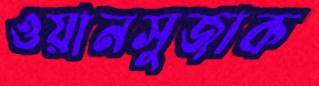
ওয়ানসুজাক